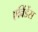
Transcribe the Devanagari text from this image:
एविंडेंस